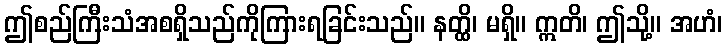
ဤစည်ကြီးသံအစရှိသည်ကိုကြားရခြင်းသည်။ နတ္ထိ၊ မရှိ။ ဣတိ၊ ဤသို့။ အဟံ၊